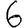
Digit: 6